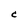
Character: c